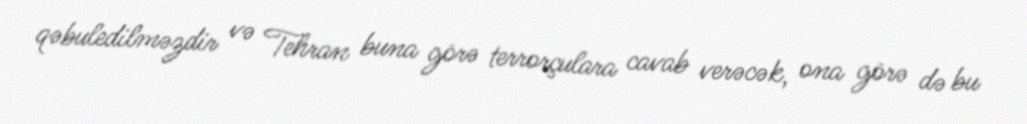
qəbuledilməzdir və Tehran buna görə terrorçulara cavab verəcək, ona görə də bu